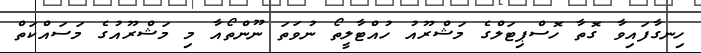
ހިނގާފައިވާ ގޮތާ ހޮސްޕިޓަލްގެ މަޝްރޫއު ހުއްޓާލީތޯ ނުވަތަ ނޫންތޯއާ މި މަޝްރޫއުގެ މަސައްކަތް